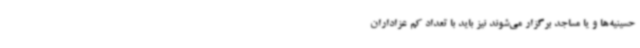
حسینیه‌ها و یا مساجد برگزار می‌شوند نیز باید با تعداد کم عزاداران